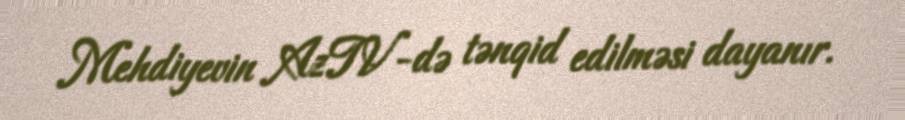
Mehdiyevin AzTV-də tənqid edilməsi dayanır.